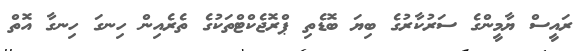
ރައީސް ޔާމީންގެ ސަރުކާރުގެ ބިޔަ ބޮޑެތި ޕްރޮޖެކްޓްތަކުގެ ތެރެއިން ހިނގަ ހިނގާ އޮތް